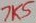
Text: 7K5